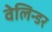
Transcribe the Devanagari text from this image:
वेलिन्डर